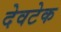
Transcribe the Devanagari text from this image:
देवटेक